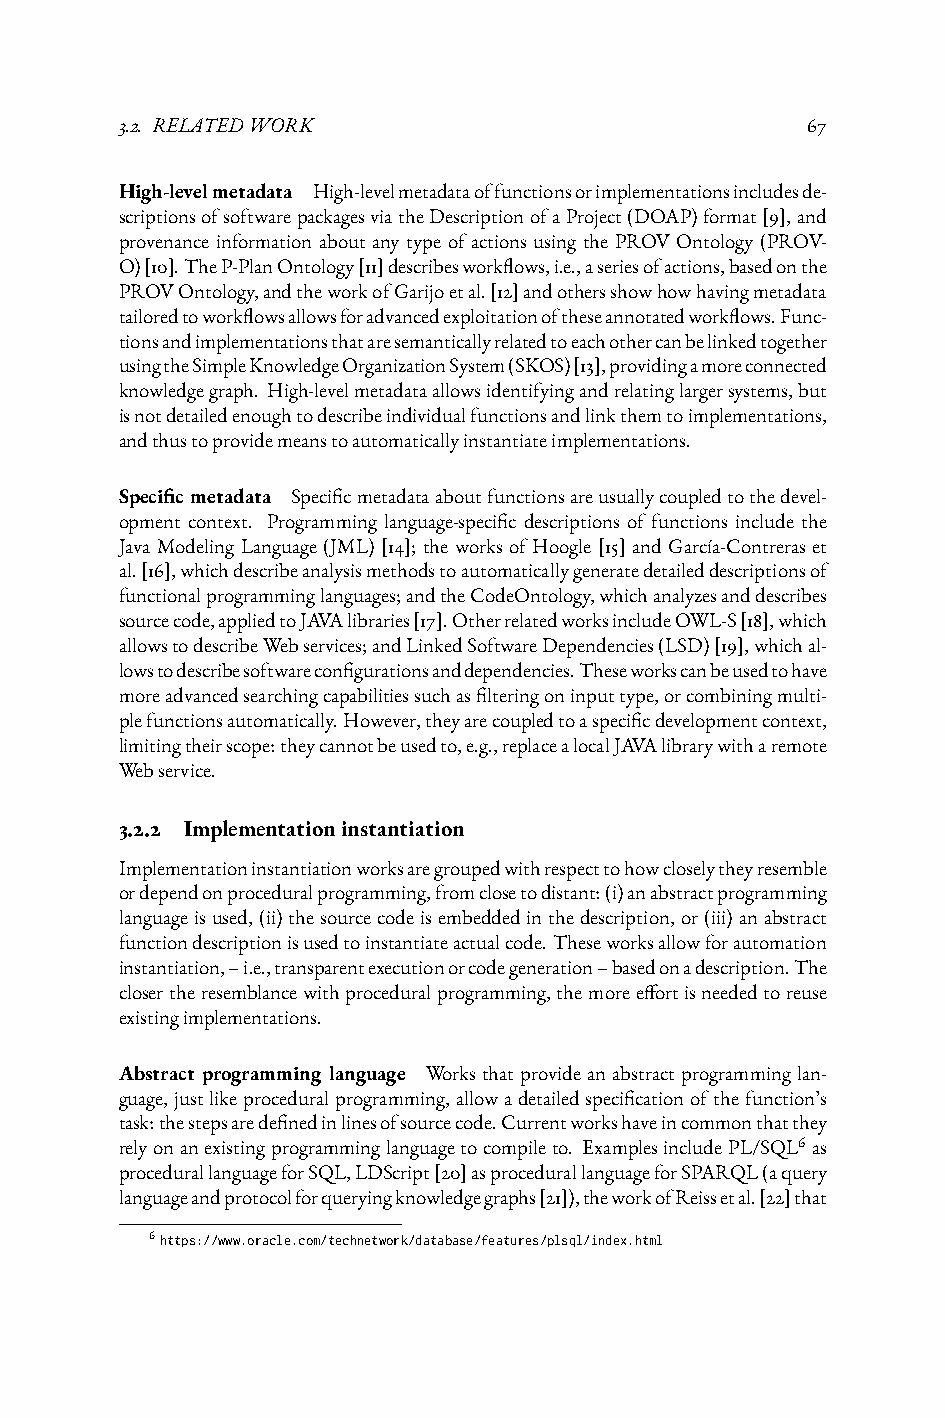
3.2. RELATEDWORK                             67
 High-levelmetadata High-levelmetadataoffunctionsorimplementationsincludesde-
 scriptionsofsoftwarepackagesviatheDescriptionofaProject(DOAP)format[9],and
 provenance information about any type of actions using the PROV Ontology (PROV-
 O)[10].TheP-PlanOntology[11]describesworkflows,i.e.,aseriesofactions,basedonthe
 PROVOntology,andtheworkofGarijoetal.[12]andothersshowhowhavingmetadata
 tailoredtoworkflowsallowsforadvancedexploitationoftheseannotatedworkflows.Func-
 tionsandimplementationsthataresemanticallyrelatedtoeachothercanbelinkedtogether
 usingtheSimpleKnowledgeOrganizationSystem(SKOS)[13],providingamoreconnected
 knowledgegraph. High-levelmetadataallowsidentifyingandrelatinglargersystems,but
 isnotdetailedenoughtodescribeindividualfunctionsandlinkthemtoimplementations,
 andthustoprovidemeanstoautomaticallyinstantiateimplementations.
 Specific metadata Specificmetadataaboutfunctionsareusuallycoupledtothedevel-
 opment context. Programming language-specific descriptions of functions include the
 Java Modeling Language (JML) [14]; the works of Hoogle [15] and García-Contreras et
 al.[16],whichdescribeanalysismethodstoautomaticallygeneratedetaileddescriptionsof
 functionalprogramminglanguages;andtheCodeOntology,whichanalyzesanddescribes
 sourcecode,appliedtoJAVAlibraries[17].OtherrelatedworksincludeOWL-S[18],which
 allowstodescribeWebservices;andLinkedSoftwareDependencies(LSD)[19],whichal-
 lowstodescribesoftwareconfigurationsanddependencies.Theseworkscanbeusedtohave
 moreadvancedsearchingcapabilitiessuchasfilteringoninputtype,orcombiningmulti-
 plefunctionsautomatically.However,theyarecoupledtoaspecificdevelopmentcontext,
 limitingtheirscope:theycannotbeusedto,e.g.,replacealocalJAVAlibrarywitharemote
 Webservice.
 3.2.2 Implementationinstantiation
 Implementationinstantiationworksaregroupedwithrespecttohowcloselytheyresemble
 ordependonproceduralprogramming,fromclosetodistant:(i)anabstractprogramming
 languageisused, (ii)thesourcecodeisembeddedinthedescription, or(iii)anabstract
 functiondescriptionisusedtoinstantiateactualcode. Theseworksallowforautomation
 instantiation,–i.e.,transparentexecutionorcodegeneration–basedonadescription.The
 closertheresemblancewithproceduralprogramming,themoreeffortisneededtoreuse
 existingimplementations.
 Abstract programming language Worksthatprovideanabstractprogramminglan-
 guage, justlikeproceduralprogramming, allowadetailedspecificationofthefunction’s
 task:thestepsaredefinedinlinesofsourcecode.Currentworkshaveincommonthatthey
 relyonanexistingprogramminglanguagetocompileto. ExamplesincludePL/SQL6 as
 procedurallanguageforSQL,LDScript[20]asprocedurallanguageforSPARQL(aquery
 languageandprotocolforqueryingknowledgegraphs[21]),theworkofReissetal.[22]that
 6https://www.oracle.com/technetwork/database/features/plsql/index.html